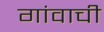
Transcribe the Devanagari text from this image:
गांवाची